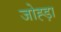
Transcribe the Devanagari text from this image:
जोह्ड़ा